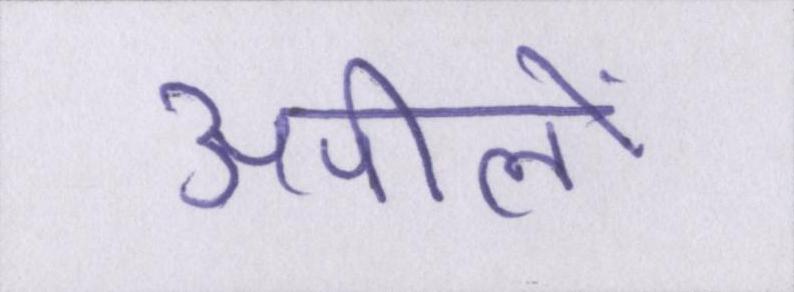
अपीलों